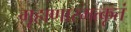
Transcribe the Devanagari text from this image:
गृहाणास्मत्कृतं